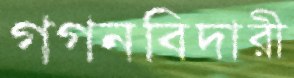
গগনবিদারী